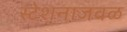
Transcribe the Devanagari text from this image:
स्टेशनाजवळ